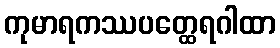
ကုမာရကဿပတ္ထေရဂါထာ